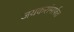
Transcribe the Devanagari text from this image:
जयकरांमार्फत